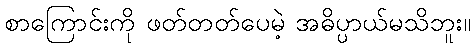
စာကြောင်းကို ဖတ်တတ်ပေမဲ့ အဓိပ္ပာယ်မသိဘူး။